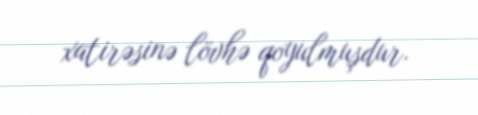
xatirəsinə lövhə qoyulmuşdur.